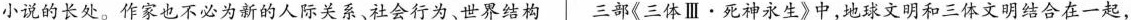
小说的长处。作家也不必为新的人际关系、社会行为、世界结构 Ⅲ三部《三体·死神永生》中地球文明和三体文明结合在一起，